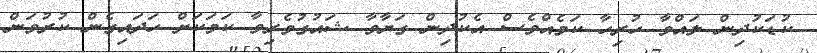
ކުޑަކުދިން ލައްވާ ހުރިހާ ކަމެއްވެސް އެކުދިން ގަޔާވާ ޝައުގުވެރިވާ ކަމަކަށް ހަދައިގެން ކުރުވަން